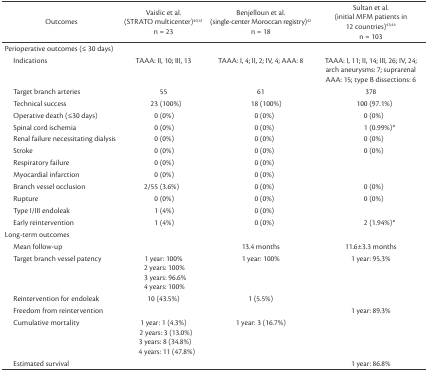
<table><thead><tr><td><b>Outcomes</b></td><td><b>Vaislic et al. (STRATO multicenter)40<sup>,</sup>41n = 23</b></td><td><b>Benjelloun et al. (single-center Moroccan registry)42n = 18</b></td><td><b>Sultan et al. (initial MFM patients in 12 countries)43<sup>,</sup>44n = 103</b></td></tr></thead><tbody><tr><td colspan="4">Perioperative outcomes (≤ 30 days)</td></tr><tr><td>Indications</td><td>TAAA: II, 10; III, 13</td><td>TAAA: I, 4; II, 2; IV, 4; AAA: 8</td><td>TAAA: I, 11; II, 14; III, 26; IV, 24; arch aneurysms: 7; suprarenal AAA: 15; type B dissections: 6</td></tr><tr><td>Target branch arteries</td><td>55</td><td>61</td><td>378</td></tr><tr><td>Technical success</td><td>23 (100%)</td><td>18 (100%)</td><td>100 (97.1%)</td></tr><tr><td>Operative death (≤30 days)</td><td>0 (0%)</td><td>0 (0%)</td><td>0 (0%)</td></tr><tr><td>Spinal cord ischemia</td><td>0 (0%)</td><td>0 (0%)</td><td>1 (0.99%)<sup>*</sup></td></tr><tr><td>Renal failure necessitating dialysis</td><td>0 (0%)</td><td>0 (0%)</td><td>0 (0%)</td></tr><tr><td>Stroke</td><td>0 (0%)</td><td>0 (0%)</td><td>0 (0%)</td></tr><tr><td>Respiratory failure</td><td>0 (0%)</td><td>0 (0%)</td><td></td></tr><tr><td>Myocardial infarction</td><td>0 (0%)</td><td>0 (0%)</td><td></td></tr><tr><td>Branch vessel occlusion</td><td>2/55 (3.6%)</td><td>0 (0%)</td><td>0 (0%)</td></tr><tr><td>Rupture</td><td>0 (0%)</td><td>0 (0%)</td><td>0 (0%)</td></tr><tr><td>Type I/III endoleak</td><td>1 (4%)</td><td>0 (0%)</td><td></td></tr><tr><td>Early reintervention</td><td>1 (4%)</td><td>0 (0%)</td><td>2 (1.94%)<sup>*</sup></td></tr><tr><td>Long-term outcomes</td><td></td><td></td><td></td></tr><tr><td>Mean follow-up</td><td></td><td>13.4 months</td><td>11.6±3.3 months</td></tr><tr><td>Target branch vessel patency</td><td>1 year: 100%2 years: 100%3 years: 96.6%4 years: 100%</td><td>1 year: 100%</td><td>1 year: 95.3%</td></tr><tr><td>Reintervention for endoleak</td><td>10 (43.5%)</td><td>1 (5.5%)</td><td></td></tr><tr><td>Freedom from reintervention</td><td></td><td></td><td>1 year: 89.3%</td></tr><tr><td>Cumulative mortality</td><td>1 year: 1 (4.3%)2 years: 3 (13.0%)3 years: 8 (34.8%)4 years: 11 (47.8%)</td><td>1 year: 3 (16.7%)</td><td></td></tr><tr><td>Estimated survival</td><td></td><td></td><td>1 year: 86.8%</td></tr></tbody></table>